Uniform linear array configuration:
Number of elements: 32
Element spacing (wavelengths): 0.75
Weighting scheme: blackman
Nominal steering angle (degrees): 0
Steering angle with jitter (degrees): -0.433
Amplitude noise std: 0.05
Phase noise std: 0.05

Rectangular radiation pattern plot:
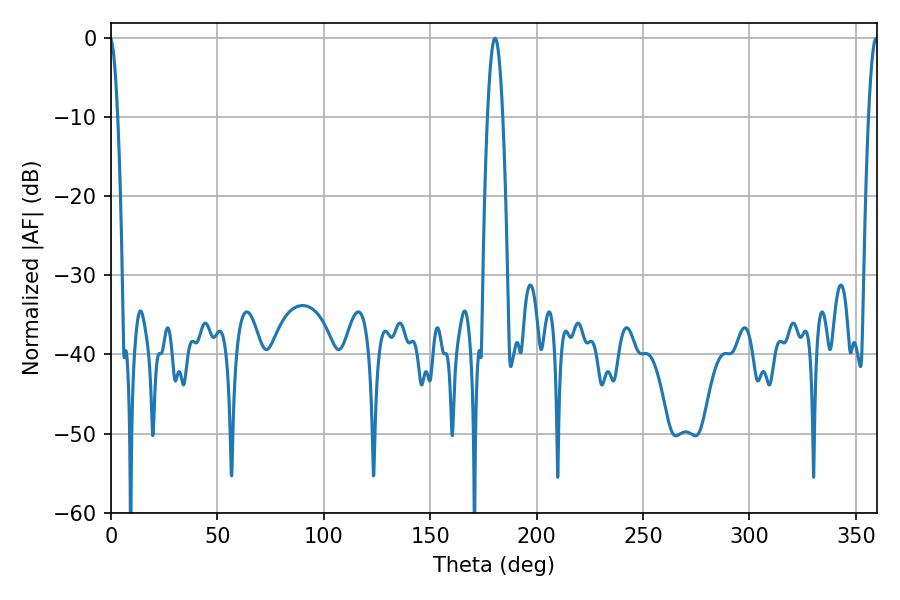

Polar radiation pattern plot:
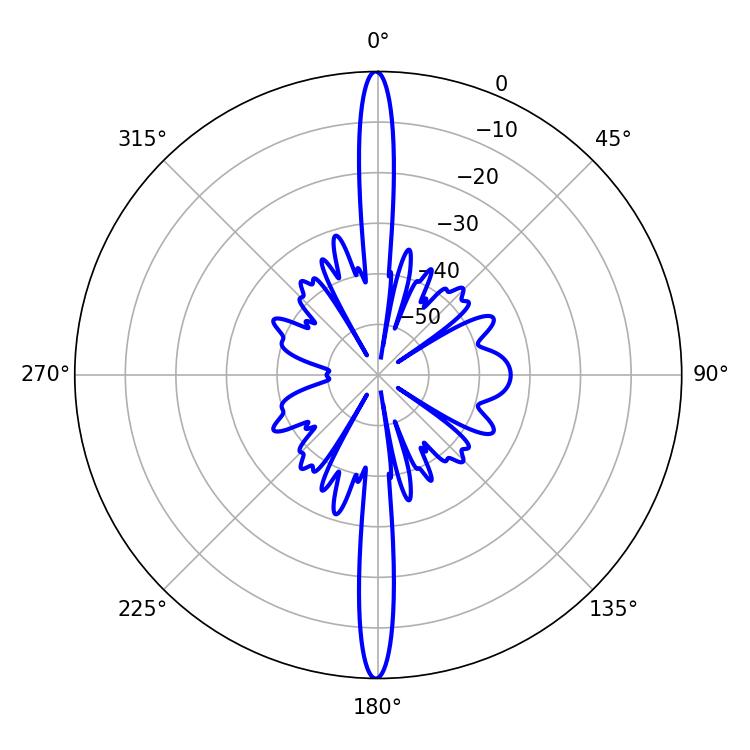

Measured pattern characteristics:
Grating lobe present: TRUE
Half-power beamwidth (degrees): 2.34
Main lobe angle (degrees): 359.46